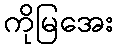
ကိုမြအေး